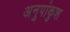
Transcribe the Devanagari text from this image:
अनुपांकुश